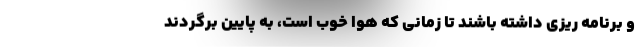
و برنامه ریزی داشته باشند تا زمانی که هوا خوب است، به پایین برگردند